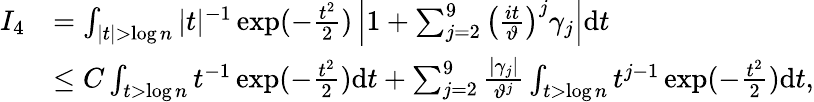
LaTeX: \begin{array}{rl}{I_{4}}&{=\int_{|t|>\log n}|t|^{-1}\exp(-\frac{t^{2}}{2})\left|1+\sum_{j=2}^{9}\left(\frac{it}{\vartheta}\right)^{j}\gamma_{j}\right|\mathrm{d}t}\\ &{\leq C\int_{t>\log n}t^{-1}\exp(-\frac{t^{2}}{2})\mathrm{d}t+\sum_{j=2}^{9}\frac{|\gamma_{j}|}{\vartheta^{j}}\int_{t>\log n}t^{j-1}\exp(-\frac{t^{2}}{2})\mathrm{d}t,}\end{array}